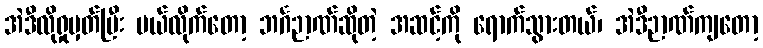
အဲဒီလိုရှုမှတ်ပြီး ပယ်လိုက်တော့ ဘင်္ဂဉာဏ်ဆိုတဲ့ အဆင့်ကို ရောက်သွားတယ်၊ အဲဒီဉာဏ်ကျတော့